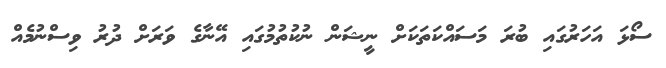
ސޯޅަ އަހަރުގައި ބުރަ މަސައްކަތަކަށް ނީޝަން ނުކުތުމުގައި އޭނާގެ ވަރަށް ދުރު ވިސްނުމެއް